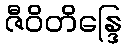
ဇီဝိတိန္ဒြေ